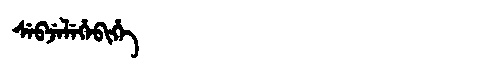
Manchu: ᠰᡝᠪᠵᡝᠯᡝᡥᡝᠪᡳᡥᡝ
Romanization: SEBJELEHEBIHE